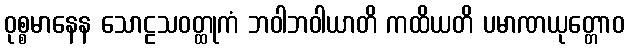
ဝုစ္စမာနေန သောဠသဝတ္ထုကံ ဘဝါဘဝါယာတိ ကထိယတိ ပမာဏယုတ္တောဝ